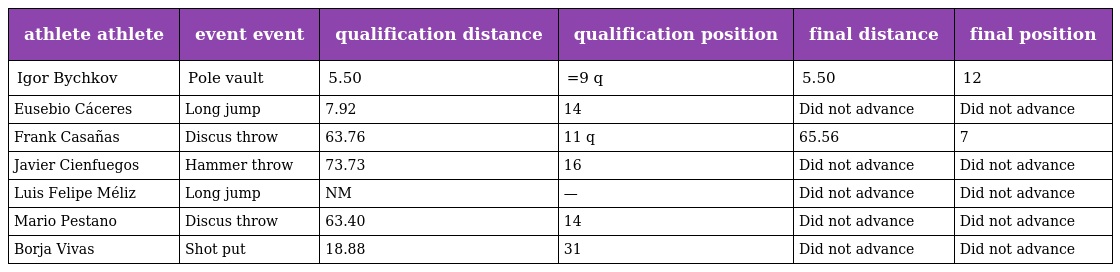
| athlete athlete | event event | qualification distance | qualification position | final distance | final position |
 | --- | --- | --- | --- | --- | --- |
 | Igor Bychkov | Pole vault | 5.50 | =9 q | 5.50 | 12 |
 | Eusebio Cáceres | Long jump | 7.92 | 14 | Did not advance | Did not advance |
 | Frank Casañas | Discus throw | 63.76 | 11 q | 65.56 | 7 |
 | Javier Cienfuegos | Hammer throw | 73.73 | 16 | Did not advance | Did not advance |
 | Luis Felipe Méliz | Long jump | NM | — | Did not advance | Did not advance |
 | Mario Pestano | Discus throw | 63.40 | 14 | Did not advance | Did not advance |
 | Borja Vivas | Shot put | 18.88 | 31 | Did not advance | Did not advance |